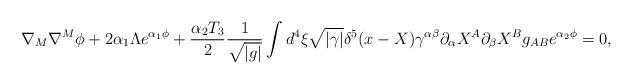
LaTeX: \begin{align*}\nabla_M \nabla^M \phi +2\alpha_1 \Lambda e^{\alpha_1\phi} +\frac{\alpha_2T_3}{2}\frac{1}{\sqrt{|g|}} \int d ^4 \xi \sqrt{|\gamma|}\delta^5(x-X) \gamma^{\alpha \beta}\partial_\alpha X^A\partial_\beta X^B g_{AB} e^{\alpha_2 \phi}=0,\end{align*}